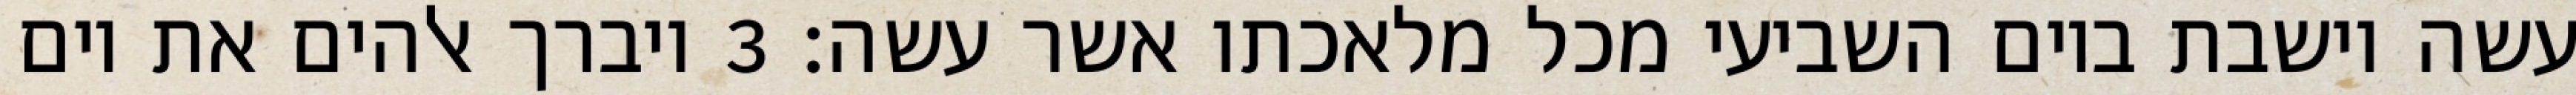
עשה וישבת ביום השביעי מכל מלאכתו אשר עשה׃ ‎3‏ ויברך אלהים את יום